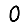
Digit: 0